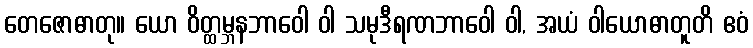
တေဇောဓာတု။ ယော ဝိတ္ထမ္ဘနဘာဝေါ ဝါ သမုဒီရဏဘာဝေါ ဝါ, အယံ ဝါယောဓာတူတိ ဧဝံ